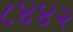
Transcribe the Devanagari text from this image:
८४४२